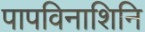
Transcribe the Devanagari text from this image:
पापविनाशिनि